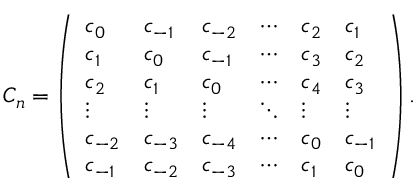
C _ { n } = \left( \begin{array} { l l l l l l } { c _ { 0 } } & { c _ { - 1 } } & { c _ { - 2 } } & { \cdots } & { c _ { 2 } } & { c _ { 1 } } \\ { c _ { 1 } } & { c _ { 0 } } & { c _ { - 1 } } & { \cdots } & { c _ { 3 } } & { c _ { 2 } } \\ { c _ { 2 } } & { c _ { 1 } } & { c _ { 0 } } & { \cdots } & { c _ { 4 } } & { c _ { 3 } } \\ { \vdots } & { \vdots } & { \vdots } & { \ddots } & { \vdots } & { \vdots } \\ { c _ { - 2 } } & { c _ { - 3 } } & { c _ { - 4 } } & { \cdots } & { c _ { 0 } } & { c _ { - 1 } } \\ { c _ { - 1 } } & { c _ { - 2 } } & { c _ { - 3 } } & { \cdots } & { c _ { 1 } } & { c _ { 0 } } \end{array} \right) .